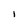
Character: I